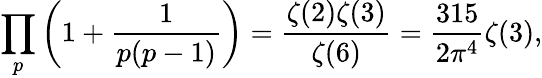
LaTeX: \prod_{p}\left(1+{\frac{1}{p(p-1)}}\right)={\frac{\zeta(2)\zeta(3)}{\zeta(6)}}={\frac{315}{2\pi^{4}}}\zeta(3),